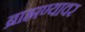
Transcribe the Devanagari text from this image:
ब्राह्मण्यावर